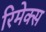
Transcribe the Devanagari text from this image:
रिमेक्स